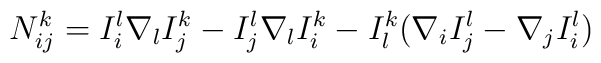
N_{ij}^k=I_i^l\nabla _lI_j^k-I_j^l\nabla _lI_i^k-I_l^k(\nabla _iI_j^l-\nabla_jI_i^l)